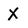
Character: X